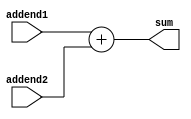
`timescale 1ns / 1ps
//////////////////////////////////////////////////////////////////////////////////
// Company: 
// Engineer: 
// 
// Design Name: 
// Module Name: adder
// Project Name: 
// Target Devices: 
// Tool Versions: 
// Description: 8 bit adder
// 
// Dependencies: 
// 
// Revision:
// Revision 0.01 - File Created
// Additional Comments:
// 
//////////////////////////////////////////////////////////////////////////////////


module adder
#(
parameter WIDTH_ADDEND    =   'd8, 
parameter WIDTH_SUM       =   WIDTH_ADDEND
)
(
input signed  [WIDTH_ADDEND - 1   :   0]  addend1,
input signed  [WIDTH_ADDEND - 1   :   0]  addend2,
output signed [WIDTH_SUM - 1      :   0]  sum
);
assign  sum = addend1 + addend2;
endmodule